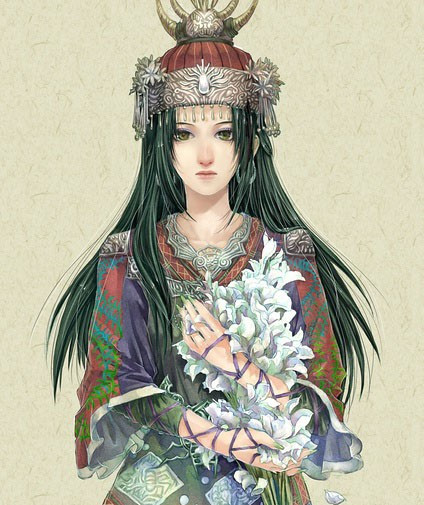
红脸青腰，旧识凌波女。